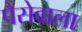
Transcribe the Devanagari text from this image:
पैसेवाला